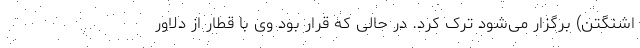
اشنگتن) برگزار می‌شود ترک کرد. در حالی که قرار بود وی با قطار از دلاور